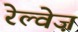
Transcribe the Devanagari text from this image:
रेल्वेज़